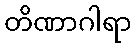
တိဏာဂါရာ